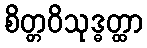
စိတ္တဝိသုဒ္ဓတ္ထာ